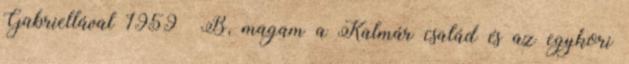
Gabriellával 1959 B, magam a Kalmár család és az egykori